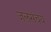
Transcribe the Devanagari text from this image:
जलसंचय